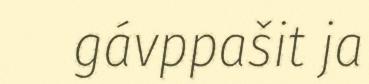
gávppašit ja